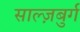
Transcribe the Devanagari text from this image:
साल्ज़बुर्ग